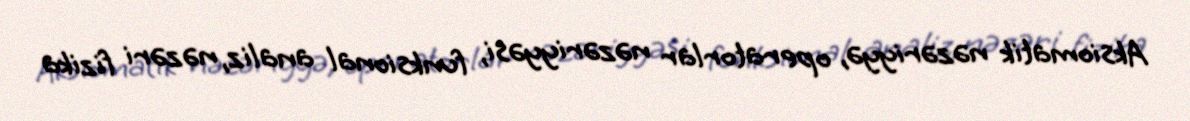
Aksiomatik nəzəriyyə, operatorlar nəzəriyyəsi, funksional analiz, nəzəri fizika